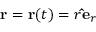
\mathbf { r } = \mathbf { r } ( t ) = r \mathbf { \hat { e } } _ { r }